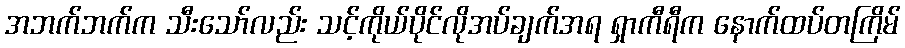
အဘက်ဘက်က သီးသော်လည်း သင့်ကိုယ်ပိုင်လိုအပ်ချက်အရ ရှာကီရီက နောက်ထပ်တကြိမ်